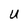
Character: U